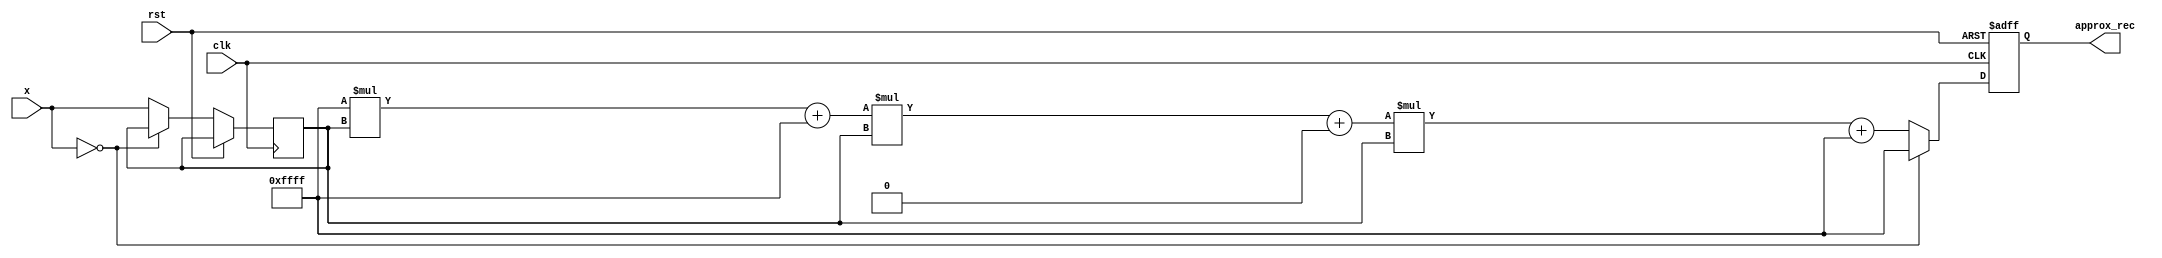
module poly_reciprocal (
    input wire [15:0] x,         // Fixed-point input (16-bit)
    output reg [15:0] approx_rec, // Fixed-point output (16-bit)
    input wire clk,
    input wire rst
);

    // Coefficients of the polynomial P(x) = c0 + c1*x + c2*x^2 + c3*x^3
    parameter [15:0] c0 = 16'hFFFF; // Approximation coefficients (example values)
    parameter [15:0] c1 = 16'h0000;
    parameter [15:0] c2 = 16'hFFFF; 
    parameter [15:0] c3 = 16'hFFFF;

    reg [15:0] scaled_x;
    reg valid_x;
    
    always @(posedge clk or posedge rst) begin
        if (rst) begin
            approx_rec <= 16'h0000;
            valid_x <= 1'b0;
        end else begin
            // Input Conditioning: Check for division by zero
            if (x == 16'h0000) begin
                approx_rec <= 16'hFFFF; // Output some error value for division by zero
                valid_x <= 1'b0;
            end else begin
                // Normalization/Scaling of input x (assuming input x is between 0 and 1)
                // (Here we assume we directly use x in [0, 1] range)
                scaled_x <= x; // No scaling needed in this example

                // Polynomial Evaluation using Horner's method
                approx_rec <= (((c3 * scaled_x) + c2) * scaled_x + c1) * scaled_x + c0;
                valid_x <= 1'b1;
            end
        end
    end

endmodule